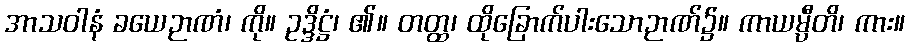
အာသဝါနံ ခယေဉာဏံ၊ ကို။ ဥဒ္ဒိဋ္ဌံ၊ ၏။ တတ္ထ၊ ထိုခြောက်ပါးသောဉာဏ်၌။ ကာယမ္ပီတိ၊ ကား။